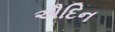
ઐદિન